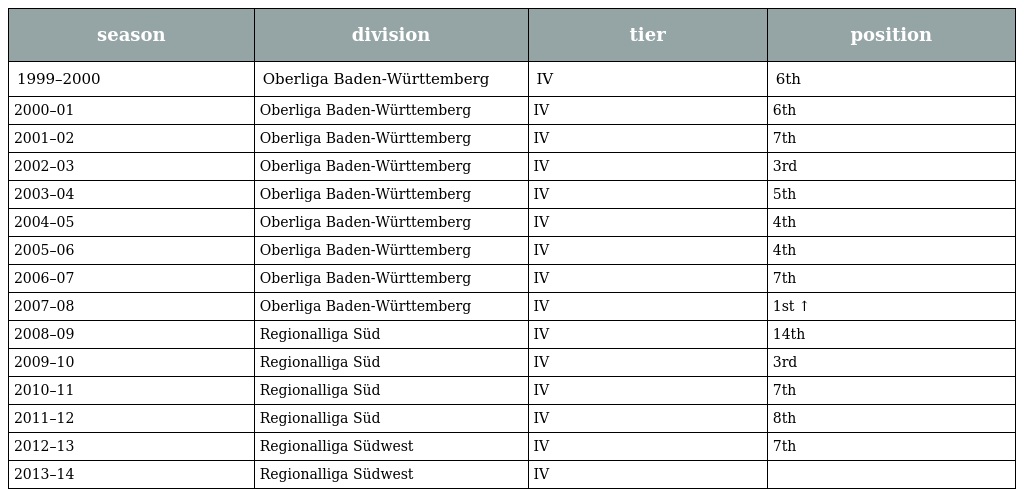
| season | division | tier | position |
 | --- | --- | --- | --- |
 | 1999–2000 | Oberliga Baden-Württemberg | IV | 6th |
 | 2000–01 | Oberliga Baden-Württemberg | IV | 6th |
 | 2001–02 | Oberliga Baden-Württemberg | IV | 7th |
 | 2002–03 | Oberliga Baden-Württemberg | IV | 3rd |
 | 2003–04 | Oberliga Baden-Württemberg | IV | 5th |
 | 2004–05 | Oberliga Baden-Württemberg | IV | 4th |
 | 2005–06 | Oberliga Baden-Württemberg | IV | 4th |
 | 2006–07 | Oberliga Baden-Württemberg | IV | 7th |
 | 2007–08 | Oberliga Baden-Württemberg | IV | 1st ↑ |
 | 2008–09 | Regionalliga Süd | IV | 14th |
 | 2009–10 | Regionalliga Süd | IV | 3rd |
 | 2010–11 | Regionalliga Süd | IV | 7th |
 | 2011–12 | Regionalliga Süd | IV | 8th |
 | 2012–13 | Regionalliga Südwest | IV | 7th |
 | 2013–14 | Regionalliga Südwest | IV |  |